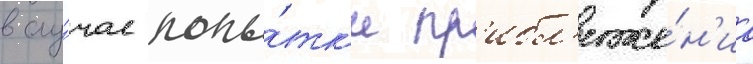
в слу́чае попы́тк'и пр'ибл'иже́н'иа